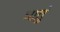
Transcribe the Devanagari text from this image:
त्रातुं